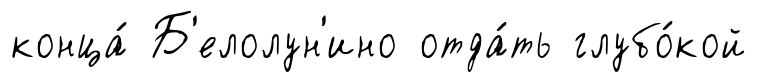
конца́ Б'елолун'ино отда́ть глубо́кой